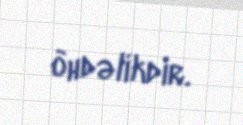
öhdəlikdir.